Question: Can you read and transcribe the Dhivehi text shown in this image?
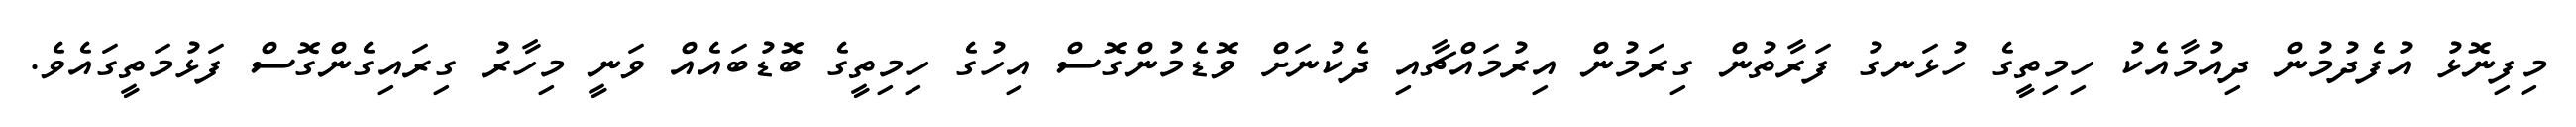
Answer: މިފިނޮޅު އުފެދުމުން ދިއުމާއެކު ހިމިތީގެ ހުޅަނގު ފަރާތުން ގިރަމުން އިރުމައްޗާއި ދެކުނަށް ވޮޑެމުންގޮސް އިހުގެ ހިމިތީގެ ބޮޑުބައެއް ވަނީ މިހާރު ގިރައިގެންގޮސް ފަޅުމަތީގައެވެ.